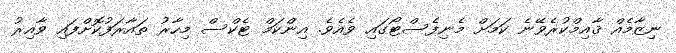
ނިޒާމެއް ޤާއިމްކުރެވޭނެ ކަމަށް މެނިފެސްޓޯގައި ވެއެވެ. އިންކަމް ޓެކްސް މިހާރު ތައާރަފުކޮށްފައި ވާއިރު